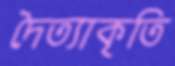
দৈত্যাকৃতি